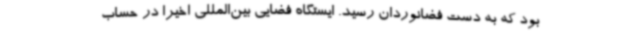
بود که به دست فضانوردان رسید. ایستگاه فضایی بین‌المللی اخیرا در حساب